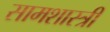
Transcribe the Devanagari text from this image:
सामशास्त्री